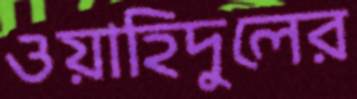
ওয়াহিদুলের